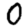
Digit: 0